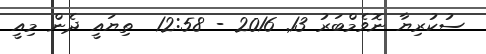
ސުކުރިޔާ ނޮވެމްބަރު 13